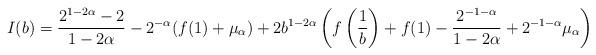
LaTeX: \begin{align*}I(b)= \frac {2^{1-2\alpha}-2}{1-2\alpha} -2^{-\alpha} (f(1) + \mu_\alpha) +2b^{1-2\alpha} \left( f\left(\frac 1b \right) + f(1) - \frac{ 2^{-1-\alpha} } {1-2\alpha} + 2^{-1-\alpha} \mu_\alpha \right) \end{align*}